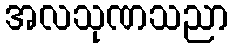
အလသုဏသညာ